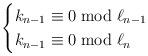
LaTeX: \begin{align*}\begin{cases}k_{n-1} \equiv 0 \bmod \ell_{n-1} \\k_{n-1} \equiv 0 \bmod \ell_n \\\end{cases}\end{align*}